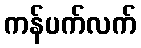
ကန်ပက်လက်